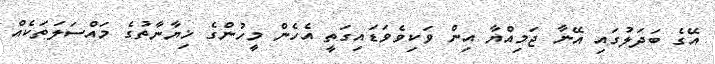
އޭގެ ބަދަލުގައި އޭނާ ޖަމިއްޔާ އިން ވަކިވެވަޑައިގަތީ އެހެން މީހުންގެ ޚިޔާނާތުގެ މައްސަލަތަކެއް